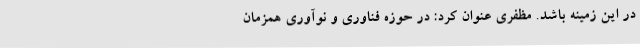
در این زمینه باشد. مظفری عنوان کرد: در حوزه فناوری و نوآوری همزمان